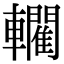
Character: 𨏦